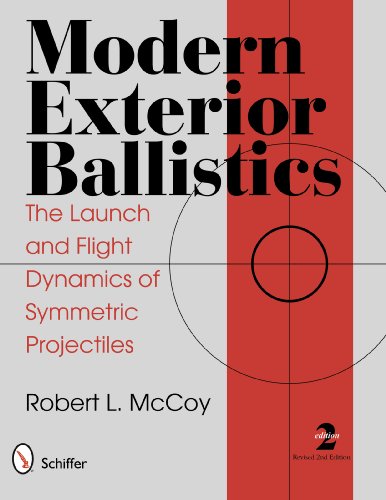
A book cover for Modern Exterior Ballistics; Robert L. McCoy; Engineering & Transportation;